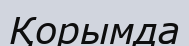
Қорымда